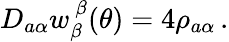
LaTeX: D_{a\alpha}w_{\beta}^{~\beta}(\theta)=4\rho_{a\alpha}\, .